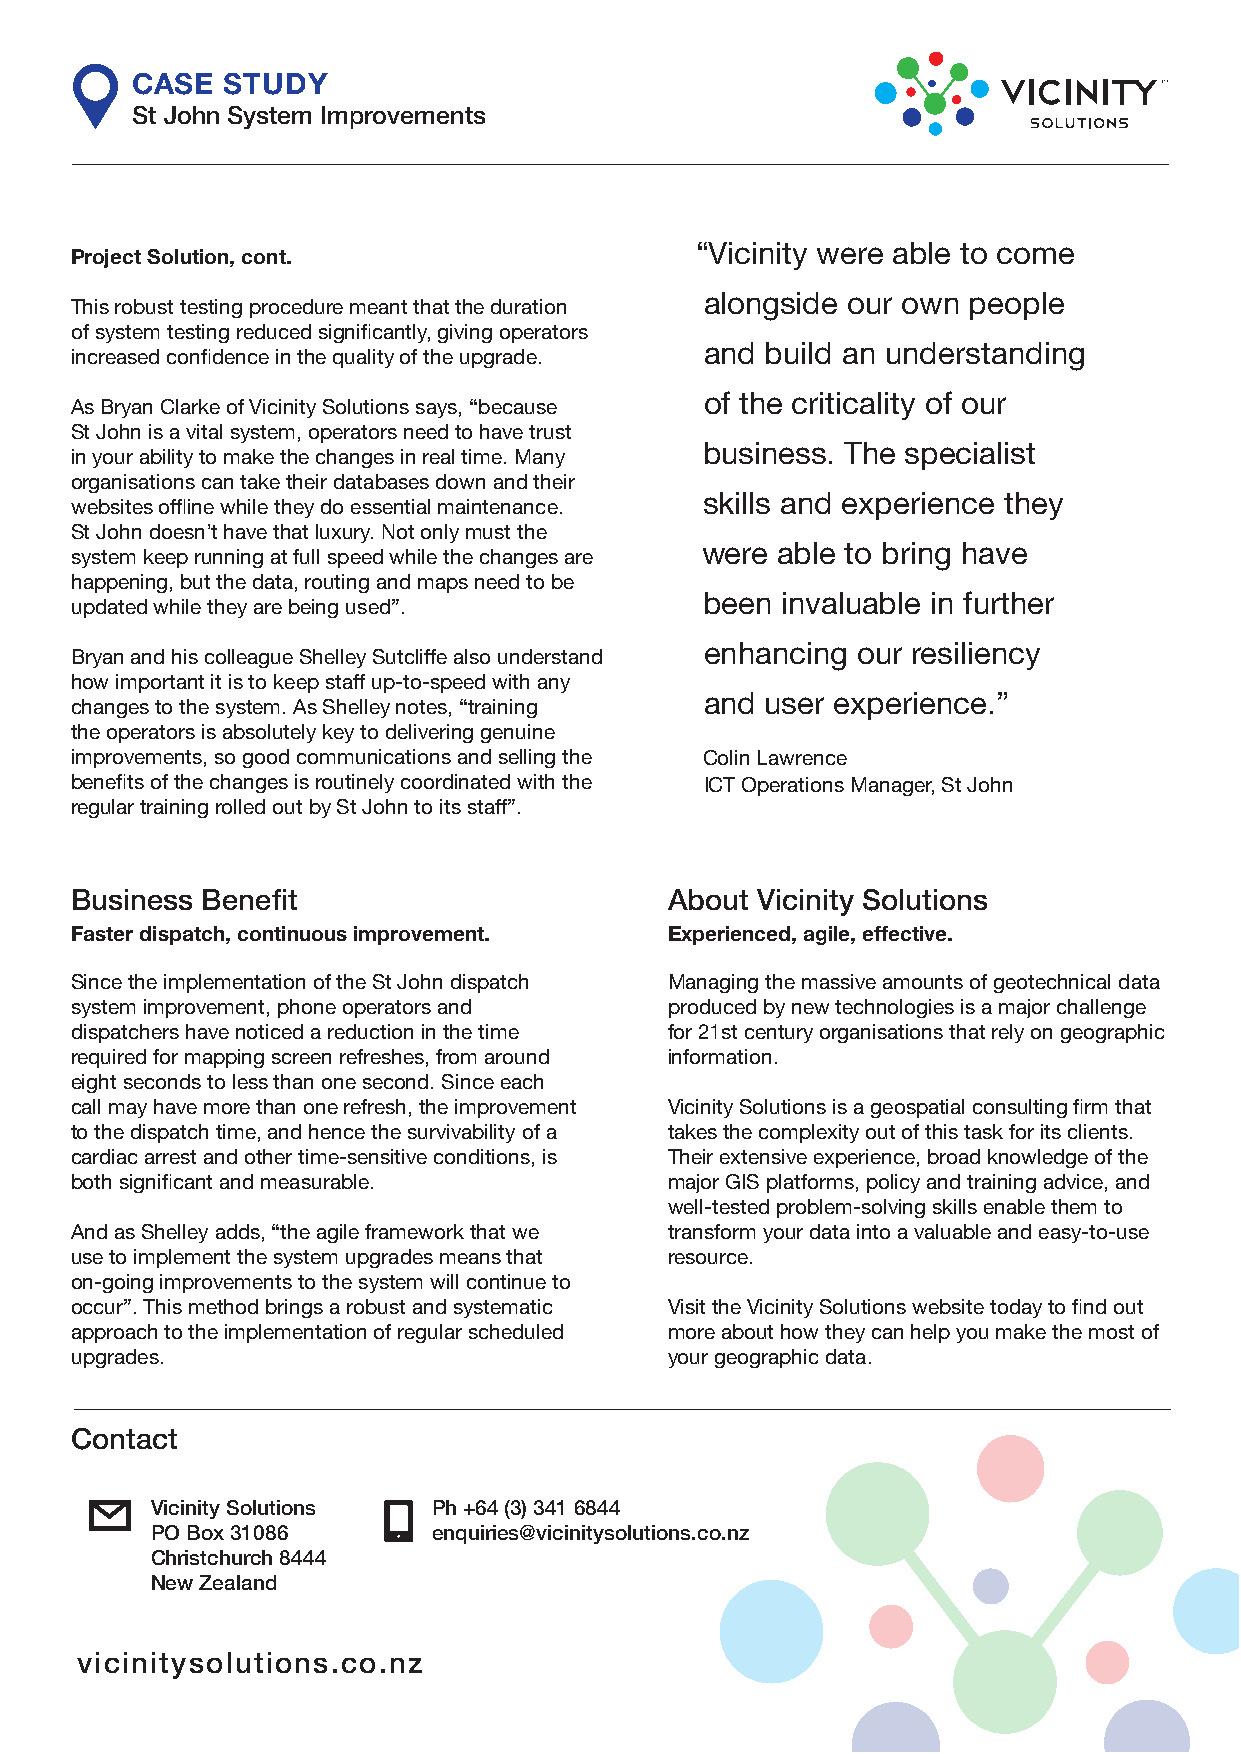
CASE  STUDY
 St John System Improvements
 “Vicinity were able to come
 Project Solution, cont.
 alongside our own people
 This robust testing procedure meant that the duration
 of system testing reduced significantly, giving operators
 and build an understanding
 increased confidence in the quality of the upgrade.
 of the criticality of our
 As Bryan Clarke of Vicinity Solutions says, “because
 St John is a vital system, operators need to have trust
 business. The specialist
 in your ability to make the changes in real time. Many
 organisations can take their databases down and their
 skills and experience they
 websites offline while they do essential maintenance.
 St John doesn’t have that luxury. Not only must the
 were able to bring have
 system keep running at full speed while the changes are
 happening, but the data, routing and maps need to be
 been invaluable in further
 updated while they are being used”.
 enhancing our resiliency
 Bryan and his colleague Shelley Sutcliffe also understand
 how important it is to keep staff up-to-speed with any
 and user experience.”
 changes to the system. As Shelley notes, “training
 the operators is absolutely key to delivering genuine
 improvements, so good communications and selling the Colin Lawrence
 benefits of the changes is routinely coordinated with the ICT Operations Manager, St John
 regular training rolled out by St John to its staff”.
 Business Benefit                       About Vicinity Solutions
 Faster dispatch, continuous improvement. Experienced, agile, effective.
 Since the implementation of the St John dispatch Managing the massive amounts of geotechnical data
 system improvement, phone operators and produced by new technologies is a major challenge
 dispatchers have noticed a reduction in the time for 21st century organisations that rely on geographic
 required for mapping screen refreshes, from around information.
 eight seconds to less than one second. Since each
 call may have more than one refresh, the improvement Vicinity Solutions is a geospatial consulting firm that
 to the dispatch time, and hence the survivability of a takes the complexity out of this task for its clients.
 cardiac arrest and other time-sensitive conditions, is Their extensive experience, broad knowledge of the
 both significant and measurable.       major GIS platforms, policy and training advice, and
 well-tested problem-solving skills enable them to
 And as Shelley adds, “the agile framework that we transform your data into a valuable and easy-to-use
 use to implement the system upgrades means that resource.
 on-going improvements to the system will continue to
 occur”. This method brings a robust and systematic Visit the Vicinity Solutions website today to find out
 approach to the implementation of regular scheduled more about how they can help you make the most of
 upgrades.                              your geographic data.
 Contact
 Vicinity Solutions Ph +64 (3) 341 6844
 PO Box 31086       enquiries@vicinitysolutions.co.nz
 Christchurch 8444
 New Zealand
 vicinitysolutions.co.nz